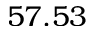
5 7 . 5 3